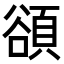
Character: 𬤴